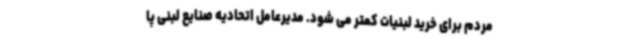
مردم برای خرید لبنیات کمتر می شود. مدیرعامل اتحادیه صنایع لبنی پا